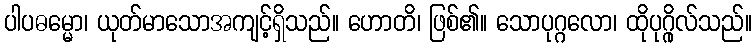
ပါပဓမ္မော၊ ယုတ်မာသောအကျင့်ရှိသည်။ ဟောတိ၊ ဖြစ်၏။ သောပုဂ္ဂလော၊ ထိုပုဂ္ဂိုလ်သည်။